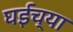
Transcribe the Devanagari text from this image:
घईच्या